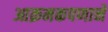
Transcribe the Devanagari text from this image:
आक्रमकपणाने